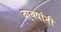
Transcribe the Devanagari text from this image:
वा्क्यांनी